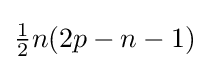
{\tfrac {1}{2}}n(2p-n-1)